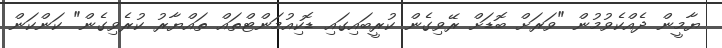
ޔާމީން ދެއްކެވުމުން "ވަރަށް ބޮޑަށް ރޭވިގެން ކުރީބައިގައި ޑޮކިއުމަންޓްތައް ތައްޔާރު ކުރެވިގެން" ކަންކަން